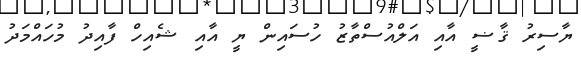
ޔާސިރު ޤާޟީ އާއި އަލްއުސްތާޒު ހުސައިން ޔީ އާއި ޝެއިހް ފާއިދު މުހައްމަދު